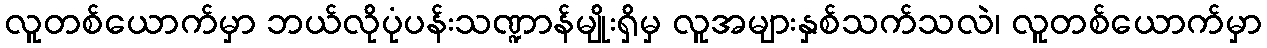
လူတစ်ယောက်မှာ ဘယ်လိုပုံပန်းသဏ္ဍာန်မျိုးရှိမှ လူအများနှစ်သက်သလဲ၊ လူတစ်ယောက်မှာ